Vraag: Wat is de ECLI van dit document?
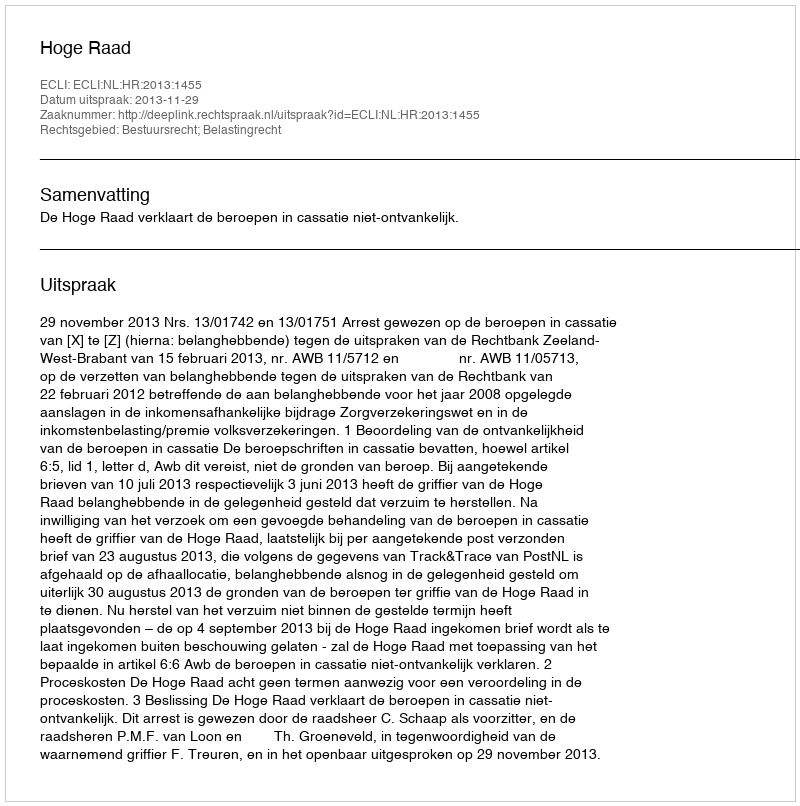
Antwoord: ECLI:NL:HR:2013:1455